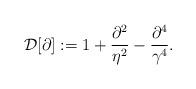
LaTeX: \begin{align*}{\cal D}[\partial] := 1 + {\partial^2 \over \eta^2} - {\partial^4 \over \gamma^4} .\end{align*}